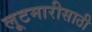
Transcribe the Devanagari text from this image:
लूटमारीसाठी